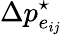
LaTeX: \Delta p_{e_{ij}}^{\star}